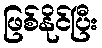
ဖြစ်နိုင်ပြီး